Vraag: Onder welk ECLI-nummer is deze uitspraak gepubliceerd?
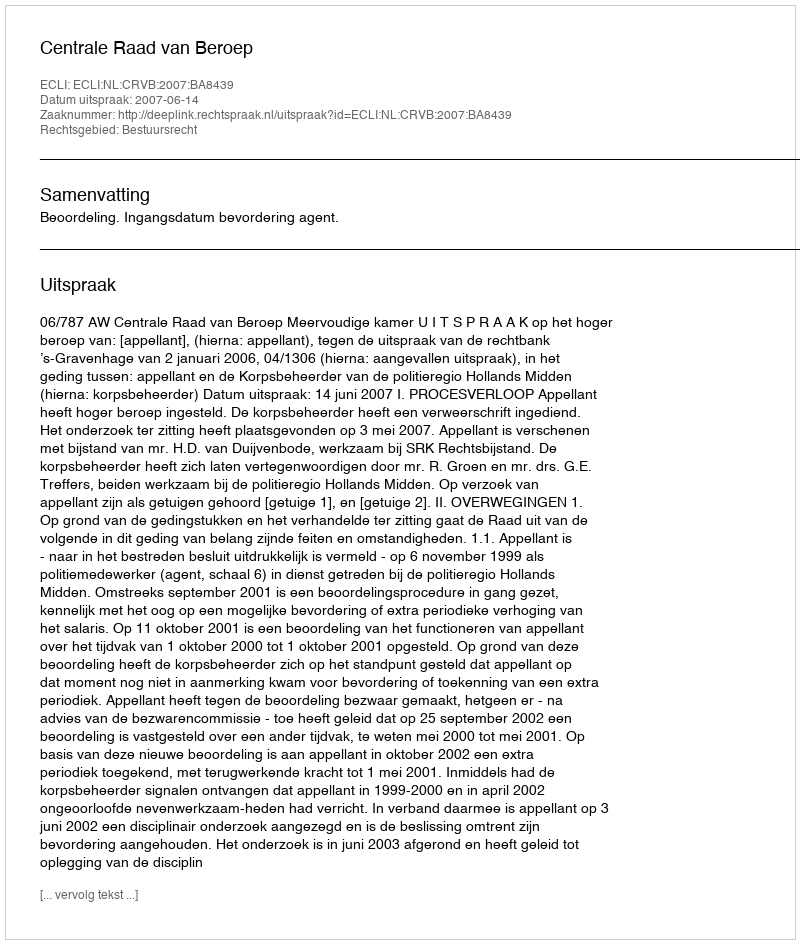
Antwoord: ECLI:NL:CRVB:2007:BA8439